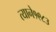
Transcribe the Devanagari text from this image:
त्याने१९८३